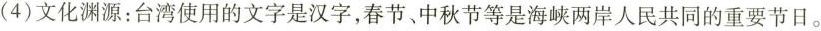
( 4 ) 文化渊源：台湾使用的文字是汉字，春节、中秋节等是海峡两岸人民共同的重要节日。